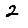
Digit: 2